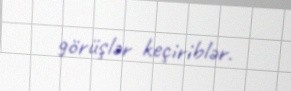
görüşlər keçiriblər.